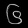
Digit: ၆